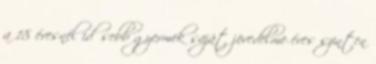
a 18 évesnél idősebb gyermek saját jövedelme éves szinten